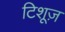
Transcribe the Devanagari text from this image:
टिशूज़